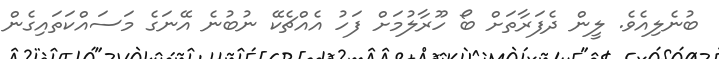
ބުނެލިއެވެ. ލީން ދެފަރާތަށް ބޯ ހޫރާލުމަށް ފަހު އެއްޗެކޭ ނުބުނެ އޭނަގެ މަސައްކަތައިގެން